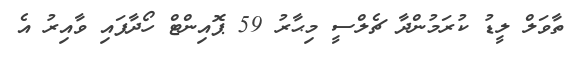
ތާވަލް ލީޑު ކުރަމުންދާ ޗެލްސީ މިޙާރު 59 ޕޮއިންޓް ހޯދާފައި ވާއިރު އެ